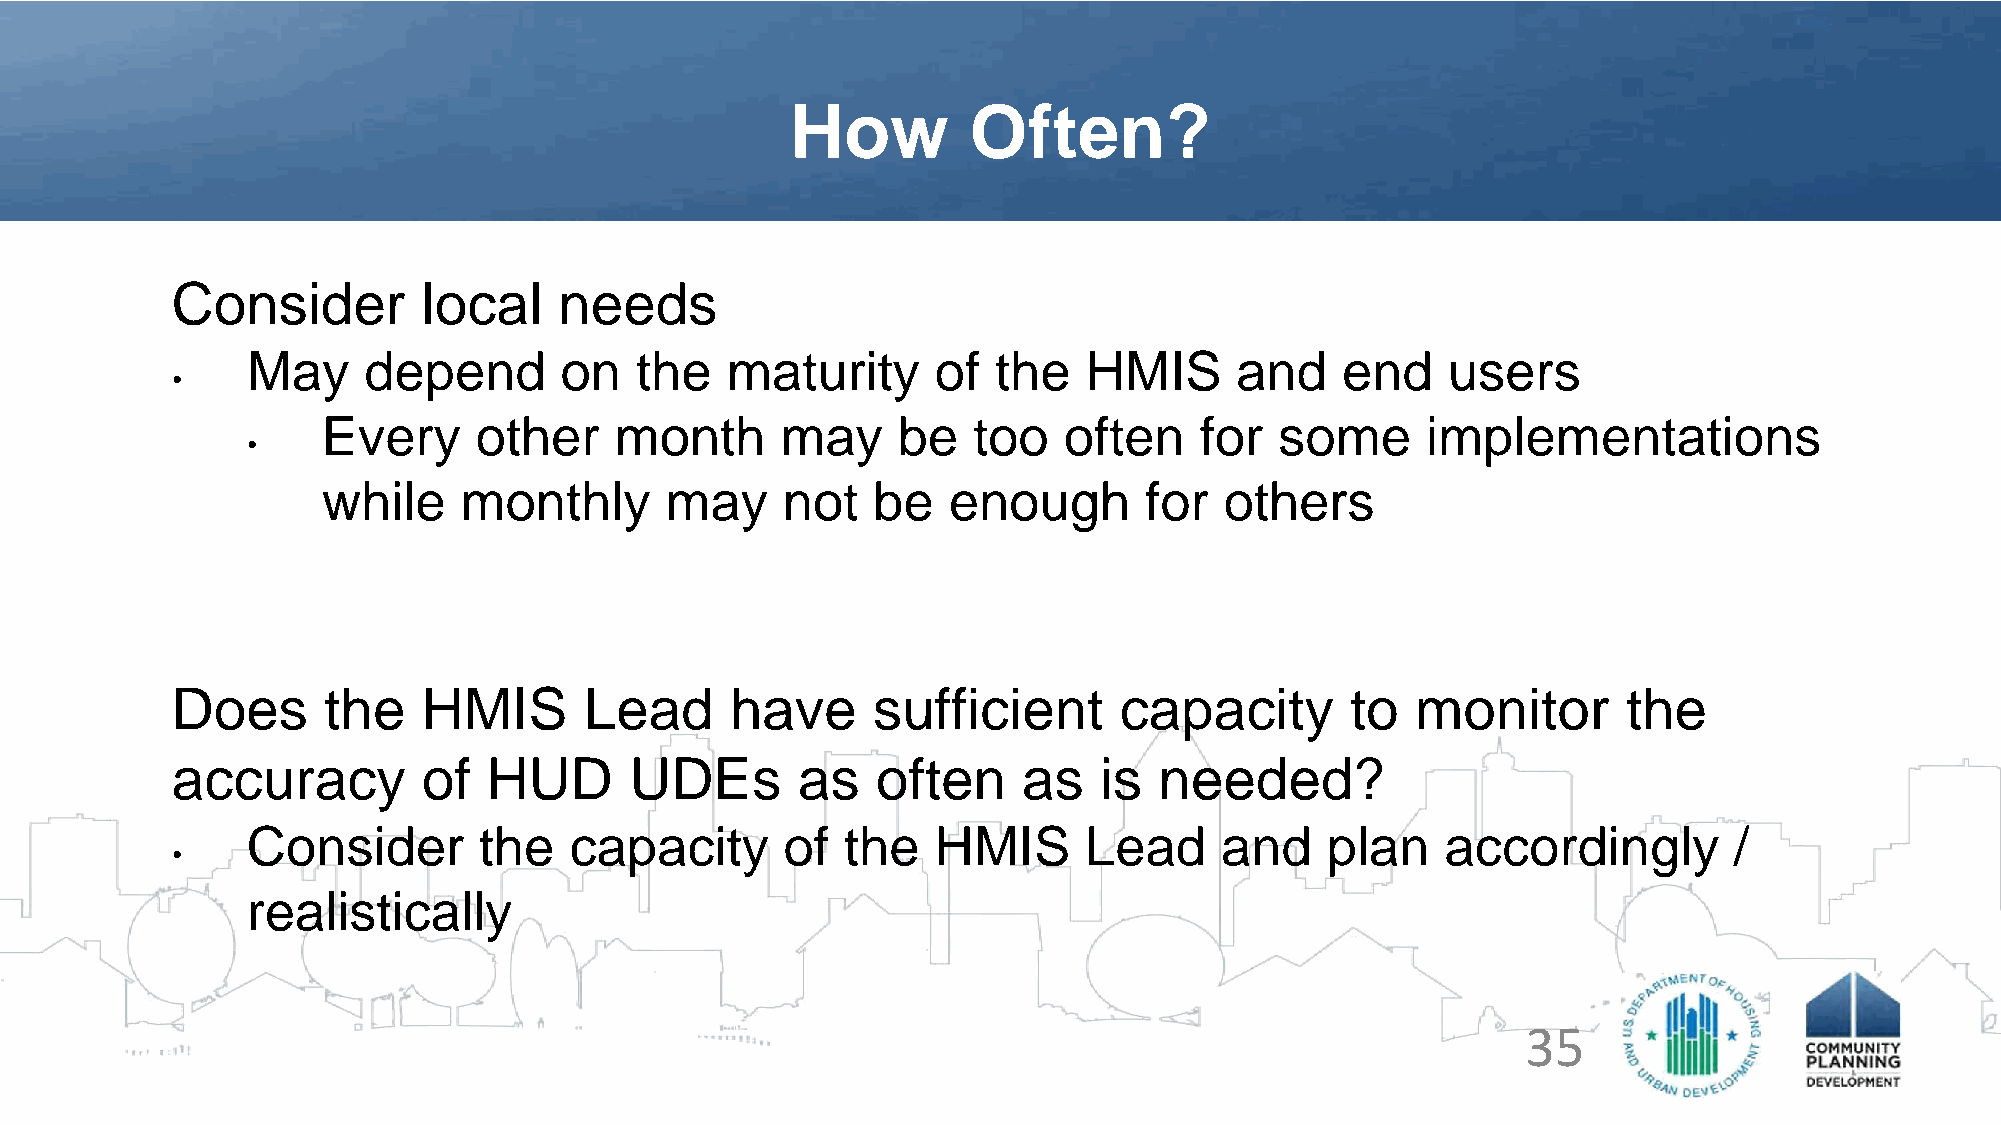
How         Often?
 Consider         local    needs
 May     depend       on   the   maturity      of  the   HMIS      and    end    users
 •
 Every     other     month      may    be   too   often    for   some     implementations
 •
 while    monthly       may     not   be   enough       for  others
 Does      the    HMIS       Lead     have      sufficient      capacity       to   monitor       the
 accuracy         of  HUD       UDEs       as   often     as   is  needed?
 Consider        the   capacity      of  the   HMIS      Lead     and    plan    accordingly        /
 •
 realistically
 35